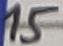
Text: 15